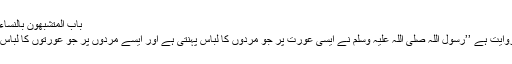
باب المتشبھون بالنساء و المتشبھات بالرجال 5885)
ابو ہریرہ رضی اللہ عنہ سے روایت ہے ’’رسول اللہ صلی اللہ علیہ وسلم نے ایسی عورت پر جو مردوں کا لباس پہنتی ہے اور ایسے مردوں پر جو عورتوں کا لباس پہنتے ہیں لعنت فرمائی ہے‘‘۔